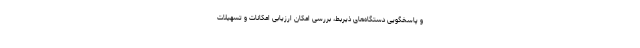
و پاسخگویی دستگاه‌های ذیربط، بررسی امکان ارزیابی امکانات و تسهیلات